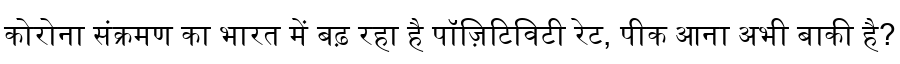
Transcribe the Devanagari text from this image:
कोरोना संक्रमण का भारत में बढ़ रहा है पॉज़िटिविटी रेट, पीक आना अभी बाकी है?